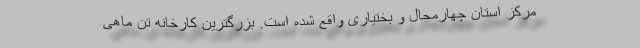
مرکز استان چهارمحال و بختیاری واقع شده است. بزرگترین کارخانه تن ماهی